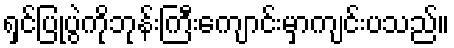
ရှင်ပြုပွဲကိုဘုန်းကြီးကျောင်းမှာကျင်းပသည်။